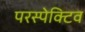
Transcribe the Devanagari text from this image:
परस्पेक्टिव